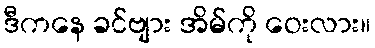
ဒီကနေ ခင်ဗျား အိမ်ကို ဝေးလား။